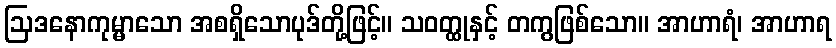
ဩဒနောကုမ္မာသော အစရှိသောပုဒ်တို့ဖြင့်။ သဝတ္ထုနှင့် တကွဖြစ်သော။ အာဟာရံ၊ အာဟာရ